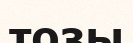
тозы